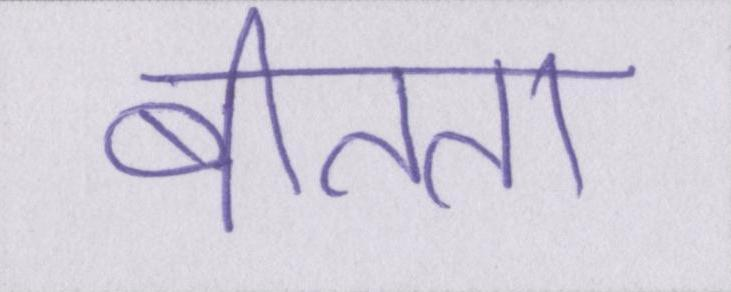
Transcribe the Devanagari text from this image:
बीतता